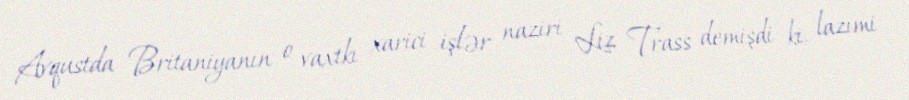
Avqustda Britaniyanın o vaxtkı xarici işlər naziri Liz Trass demişdi ki, lazımi